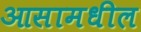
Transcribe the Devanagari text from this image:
आसामधील